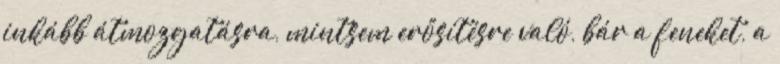
inkább átmozgatásra, mintsem erősítésre való, bár a feneket, a